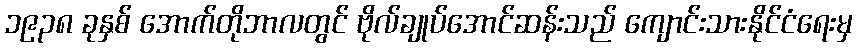
၁၉၃၈ ခုနှစ် အောက်တိုဘာလတွင် ဗိုလ်ချုပ်အောင်ဆန်းသည် ကျောင်းသားနိုင်ငံရေးမှ